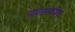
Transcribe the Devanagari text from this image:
पालऱावायर्